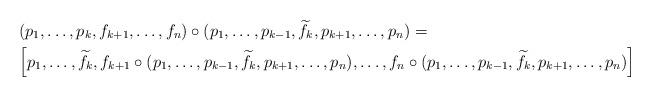
LaTeX: \begin{align*}&(p_{1},\ldots,p_{k},f_{k+1},\ldots,f_{n})\circ (p_{1},\ldots,p_{k-1},\widetilde{f}_{k},p_{k+1},\ldots,p_{n})=\\&\Big[p_{1},\ldots,\widetilde{f}_{k},f_{k+1}\circ (p_{1},\ldots,p_{k-1},\widetilde{f}_{k},p_{k+1},\ldots,p_{n}),\ldots,f_{n}\circ (p_{1},\ldots,p_{k-1},\widetilde{f}_{k},p_{k+1},\ldots,p_{n})\Big]\\\end{align*}